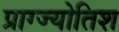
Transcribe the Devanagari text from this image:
प्राग्ज्योतिश